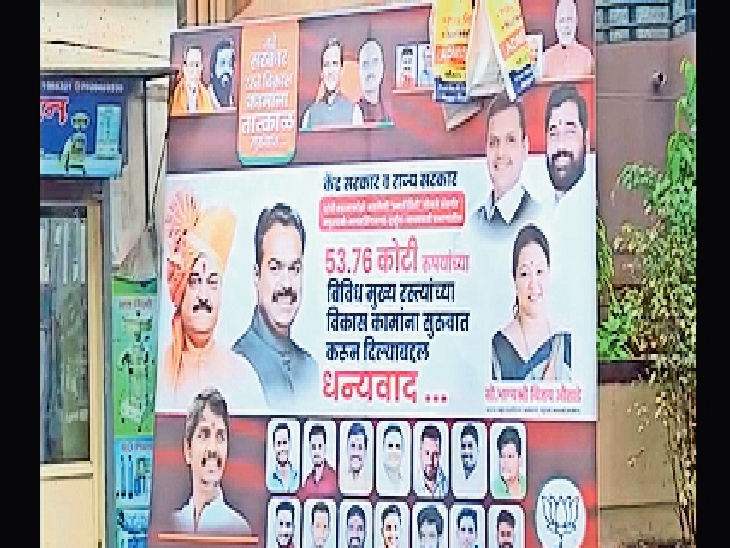
Language: marathi
Transcription: धन्यवाद विकास सुरुवात विविध रुपयांच्या तात्काळ कोटी करून